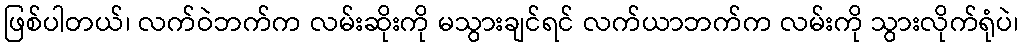
ဖြစ်ပါတယ်၊ လက်ဝဲဘက်က လမ်းဆိုးကို မသွားချင်ရင် လက်ယာဘက်က လမ်းကို သွားလိုက်ရုံပဲ၊